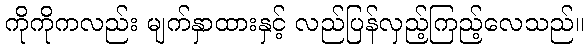
ကိုကိုကလည်း မျက်နှာထားနှင့် လည်ပြန်လှည့်ကြည့်လေသည်။